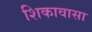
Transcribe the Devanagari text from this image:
शिकावासा